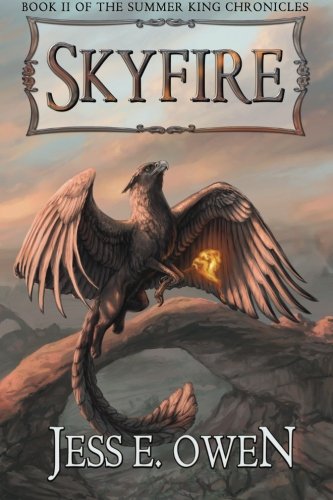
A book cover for Skyfire: Book II of the Summer King Chronicles (Volume 2); Jess E Owen; Science Fiction & Fantasy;